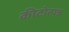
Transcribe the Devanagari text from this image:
कीटोत्पन्न